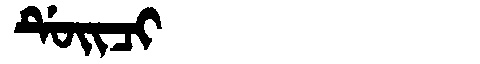
Manchu: ᡩᡠᡳᠴᡳ
Romanization: DUICI